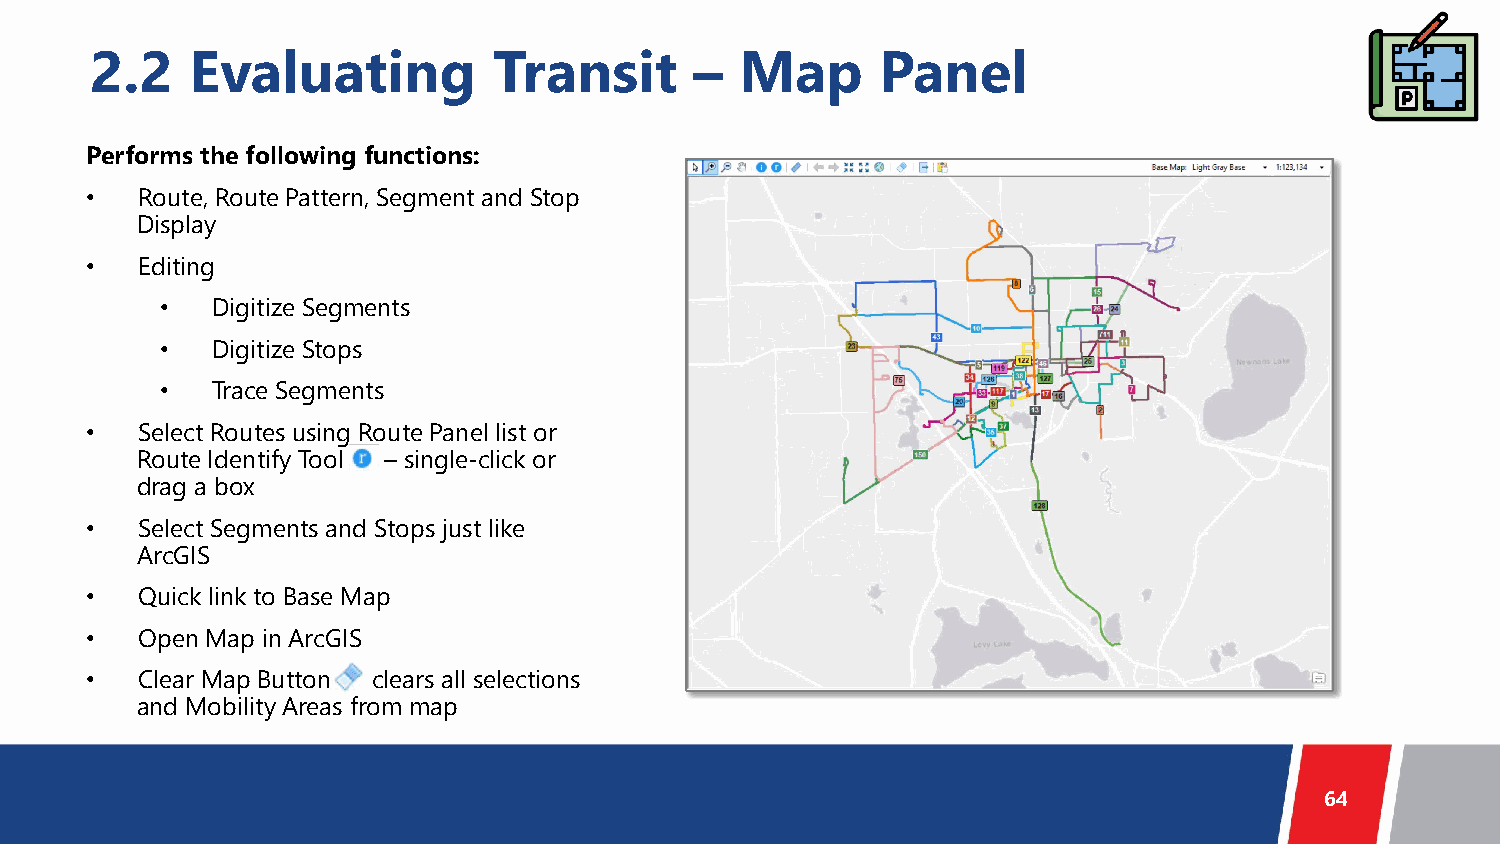
2.2    Evaluating          Transit      –  Map      Panel
 Performs the following functions:
 •  Route, Route Pattern, Segment and Stop
 Display
 •  Editing
 •  Digitize Segments
 •  Digitize Stops
 •  Trace Segments
 •  Select Routes using Route Panel list or
 Route Identify Tool – single-click or
 drag a box
 •  Select Segments and Stops just like
 ArcGIS
 •  Quick link to Base Map
 •  Open Map in ArcGIS
 •  Clear Map Button clears all selections
 and Mobility Areas from map
 64